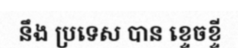
នឹង ប្រទេស បាន ខ្ទេចខ្ទី